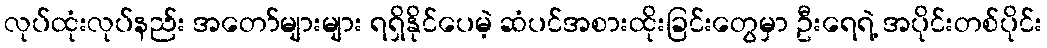
လုပ်ထုံးလုပ်နည်း အတော်များများ ရရှိနိုင်ပေမဲ့ ဆံပင်အစားထိုးခြင်းတွေမှာ ဦးရေရဲ့ အပိုင်းတစ်ပိုင်း